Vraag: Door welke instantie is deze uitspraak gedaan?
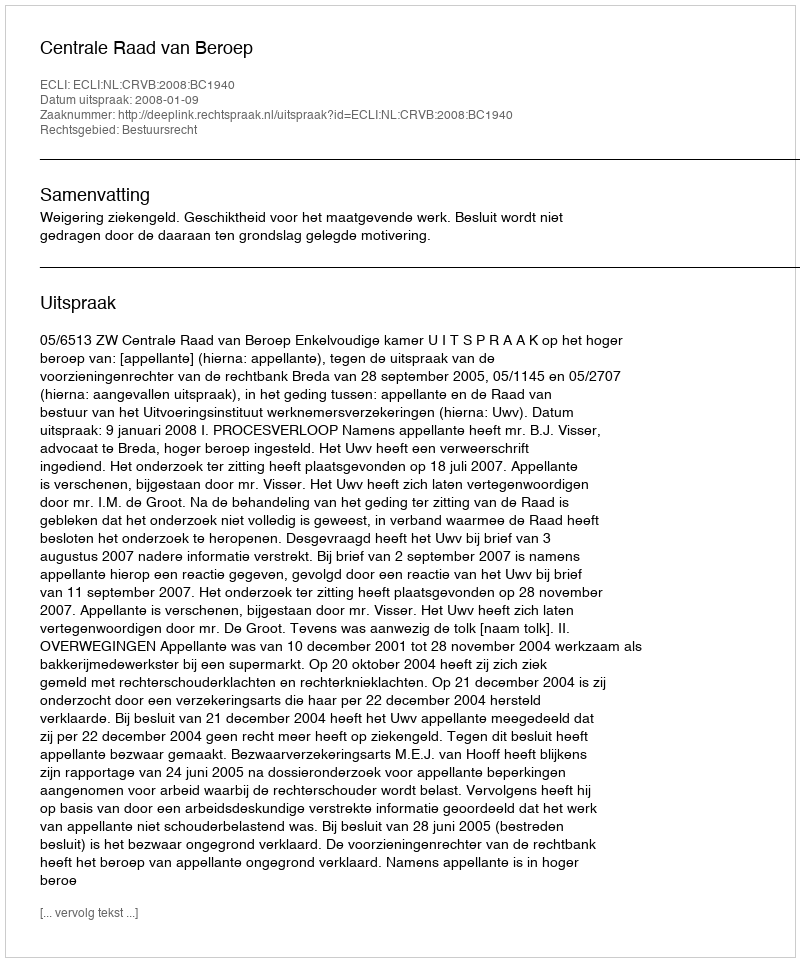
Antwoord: Centrale Raad van Beroep